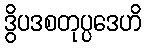
ဒွိပဒစတုပ္ပဒေဟိ